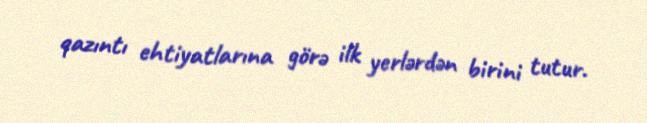
qazıntı ehtiyatlarına görə ilk yerlərdən birini tutur.